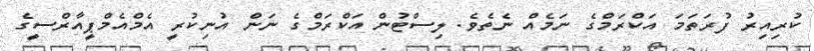
ކުރިއިރު ފުރަތަމަ އަކްރަމްގެ ނަމެއް ނެތެވެ. ލިސްޓުން އަކްރަމްގެ ނަން އުނިކުރީ އެމްއެމްޕީއާރްސީގެ